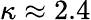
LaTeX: \kappa\approx 2.4